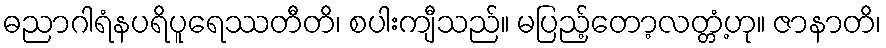
ဓညာဂါရံနပရိပူရေဿတီတိ၊ စပါးကျီသည်။ မပြည့်တော့လတ္တံ့ဟု။ ဇာနာတိ၊